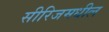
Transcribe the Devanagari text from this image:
सीरिजमधील